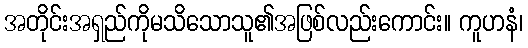
အတိုင်းအရှည်ကိုမသိသောသူ၏အဖြစ်လည်းကောင်း။ ကူဟနံ၊